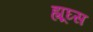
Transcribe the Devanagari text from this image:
ह्यूघ्स